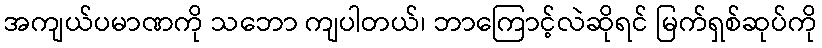
အကျယ်ပမာဏကို သဘော ကျပါတယ်၊ ဘာကြောင့်လဲဆိုရင် မြက်ရှစ်ဆုပ်ကို